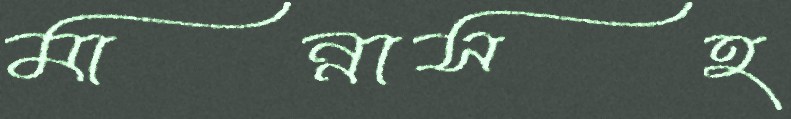
মান্নাসহ